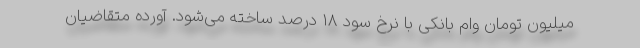
میلیون تومان وام بانکی با نرخ سود ۱۸ درصد ساخته می‌شود. آورده متقاضیان